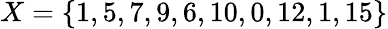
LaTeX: X=\{ 1,5,7,9,6,10,0,12,1,15\}